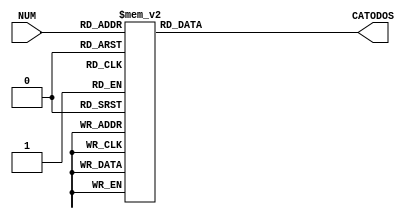
module Dec_4b_seg(
    input [3:0] NUM,
    output reg [7:0] CATODOS

    );
    
    always @(*) begin
        case(NUM)
                        4'd0: CATODOS=8'b00000011;
                        4'd1: CATODOS=8'b10011111;
                        4'd2: CATODOS=8'b00100101;
                        4'd3: CATODOS=8'b00001101;
                        4'd4: CATODOS=8'b10011001;
                        4'd5: CATODOS=8'b01001001;
                        4'd6: CATODOS=8'b01000001;
                        4'd7: CATODOS=8'b00011111;
                        4'd8: CATODOS=8'b00000001;
                        4'd9: CATODOS=8'b00011001;
                        4'd10: CATODOS=8'b00010001;
                        4'd11: CATODOS=8'b11000001;
                        4'd12: CATODOS=8'b01100011;
                        4'd13: CATODOS=8'b10000101;
                        4'd14: CATODOS=8'b01100001;
                        4'd15: CATODOS=8'b01110001;
                        default CATODOS=8'b11111101;
        endcase
    end        
endmodule